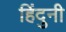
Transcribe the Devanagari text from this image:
हिंदुनी